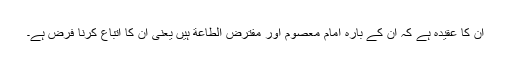
ان کا عقیدہ ہے کہ ان کے بارہ امام معصوم اور مفترض الطاعة ہیں یعنی ان کا اتباع کرنا فرض ہے۔